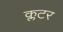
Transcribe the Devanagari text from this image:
क्लटर